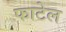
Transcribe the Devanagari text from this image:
फाटेल